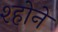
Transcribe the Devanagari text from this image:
श्होने